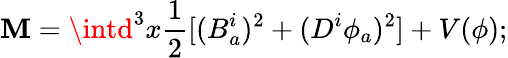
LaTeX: \mathbf{M}=\intd^{3}x\frac{{1}}{{2}}[(B_{a}^{i})^{2}+(D^{i}\phi_{a})^{2}]+V(\phi);